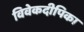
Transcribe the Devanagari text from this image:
विवेकदीपिका